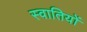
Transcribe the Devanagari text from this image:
स्वातियों